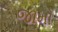
જામો